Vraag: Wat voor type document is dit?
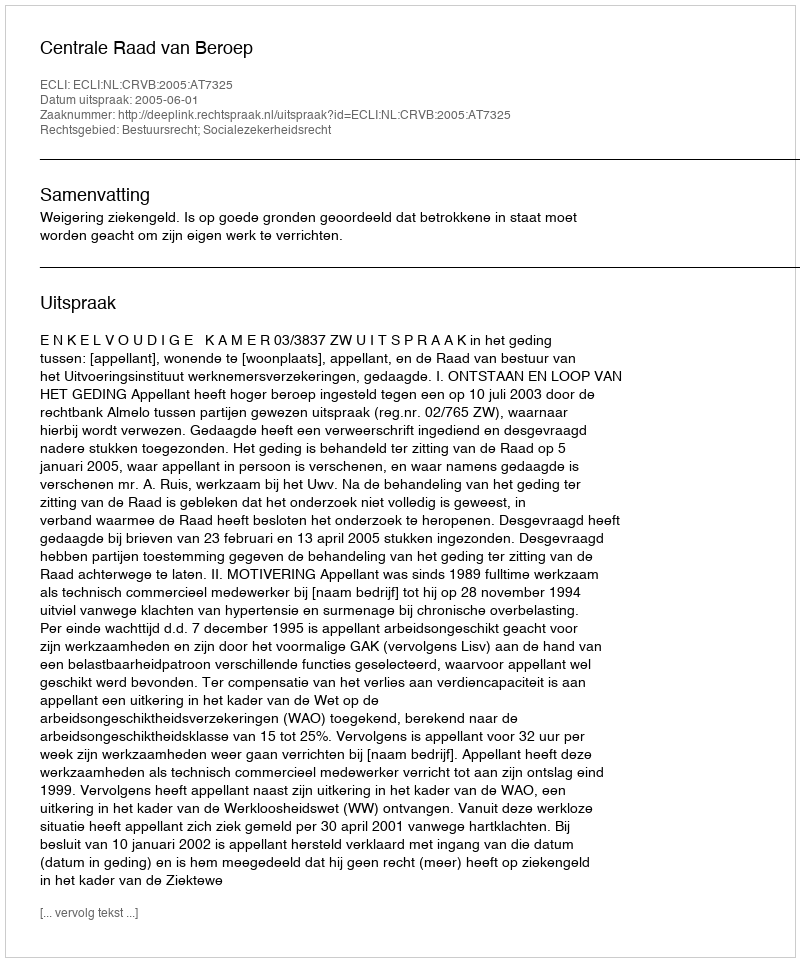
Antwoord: Uitspraak